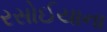
રસોઈયાના